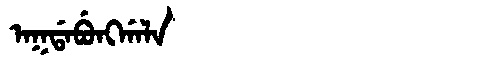
Manchu: ᠠᡴᡩᠠᠪᡠᠩᡤᠠᠯᠠ
Romanization: AKDABUNGGALA